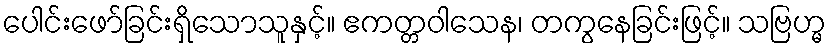
ပေါင်းဖော်ခြင်းရှိသောသူနှင့်။ ဧကတ္တဝါသေန၊ တကွနေခြင်းဖြင့်။ သဗြဟ္မ